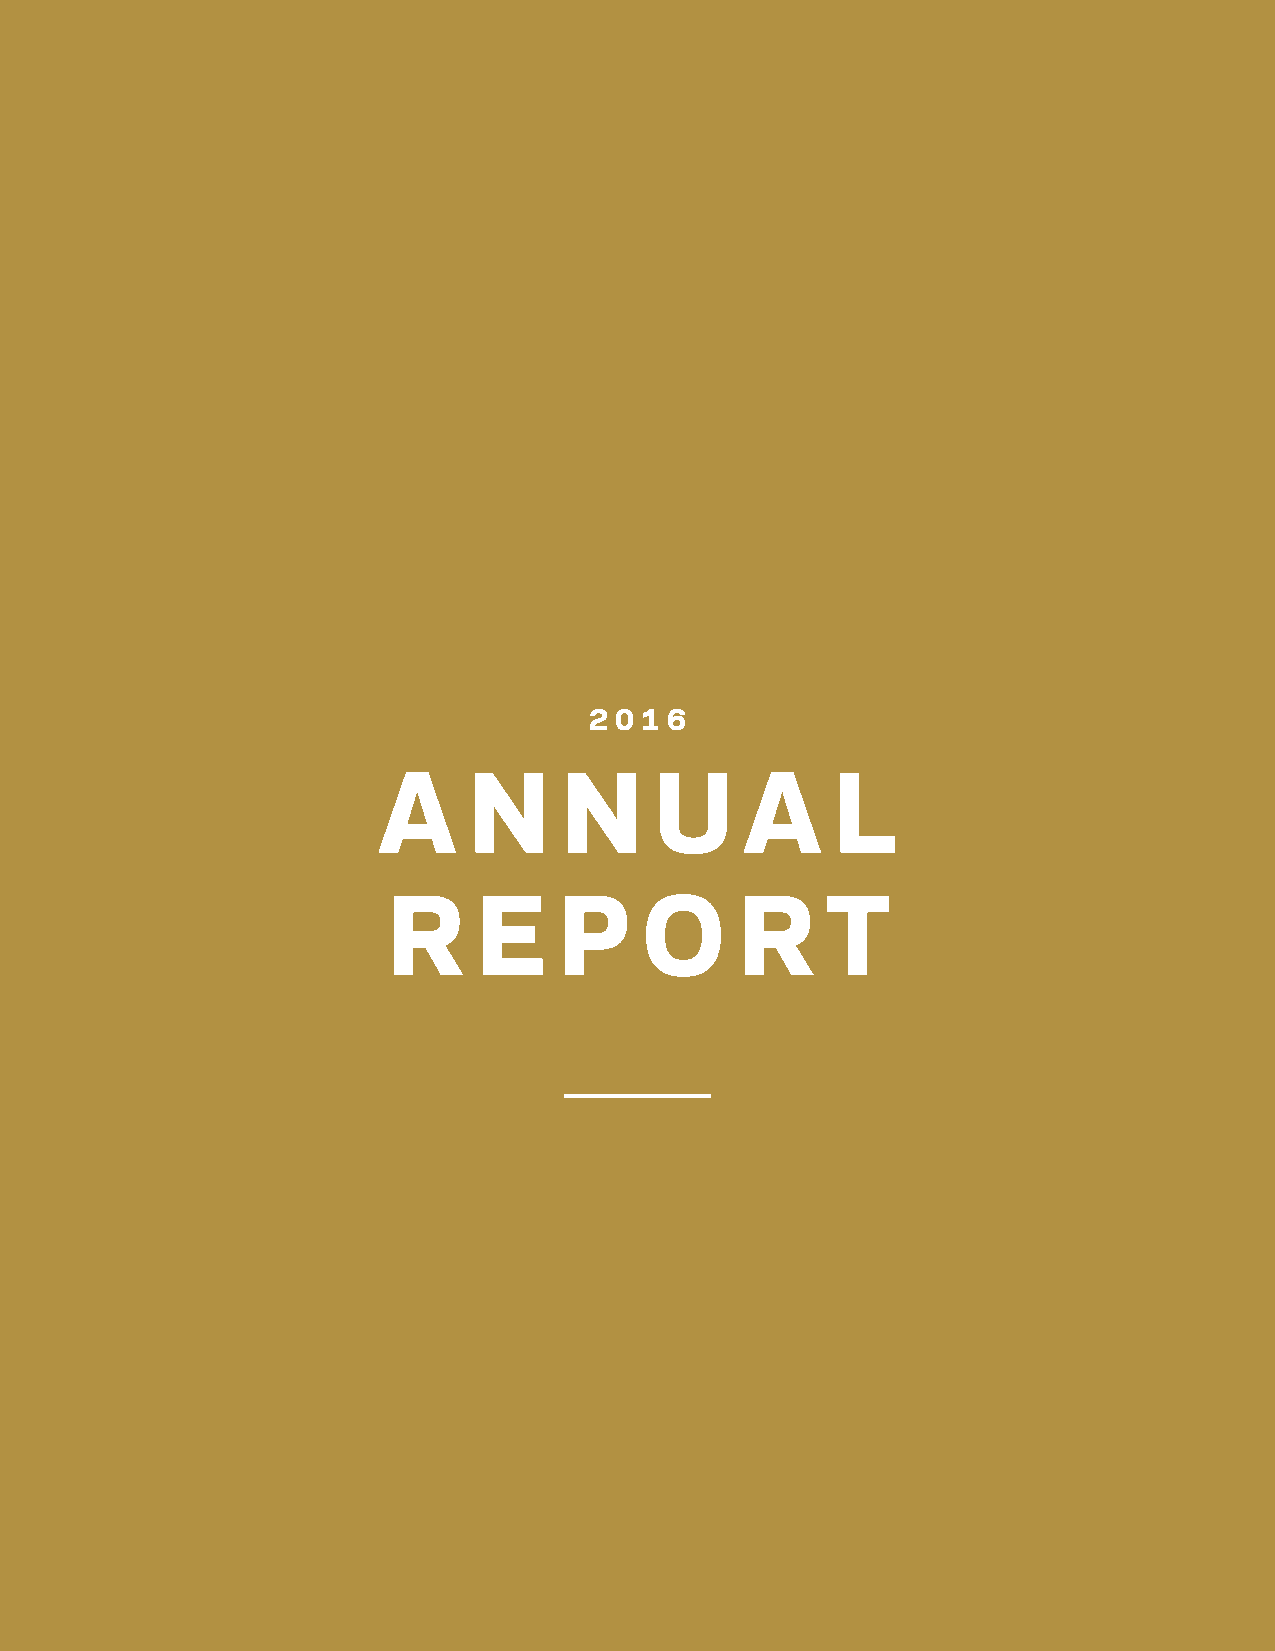
ANNUAL REPORT 2016
 2 0 1 6
 A     N     N     U     A     L
 R     E    P    O      R     T
 UNIVERSITY OF NOTRE DAME 5